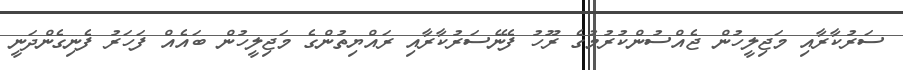
ސަރުކާރާއި މަޖިލީހުން ޖެއްސުންކުރުމުގެ ރޫހު ފެނޭސަރުކާރާއި ރައްޔިތުންގެ މަޖިލީހުން ބައެއް ފަހަރު ފެނިގެންދަނީ